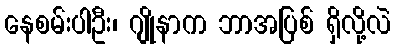
နေစမ်းပါဦး၊ ဂျိုနာက ဘာအပြစ် ရှိလို့လဲ